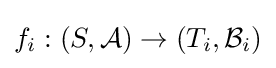
f_{i}:(S,{\mathcal {A}})\to \left(T_{i},{\mathcal {B}}_{i}\right)